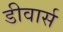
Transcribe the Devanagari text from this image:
डीवार्स